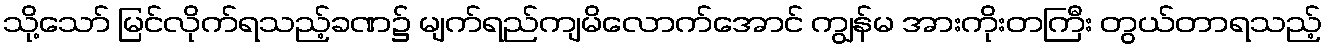
သို့သော် မြင်လိုက်ရသည့်ခဏ၌ မျက်ရည်ကျမိလောက်အောင် ကျွန်မ အားကိုးတကြီး တွယ်တာရသည့်